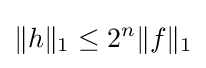
\|h\|_{1}\leq 2^{n}\|f\|_{1}